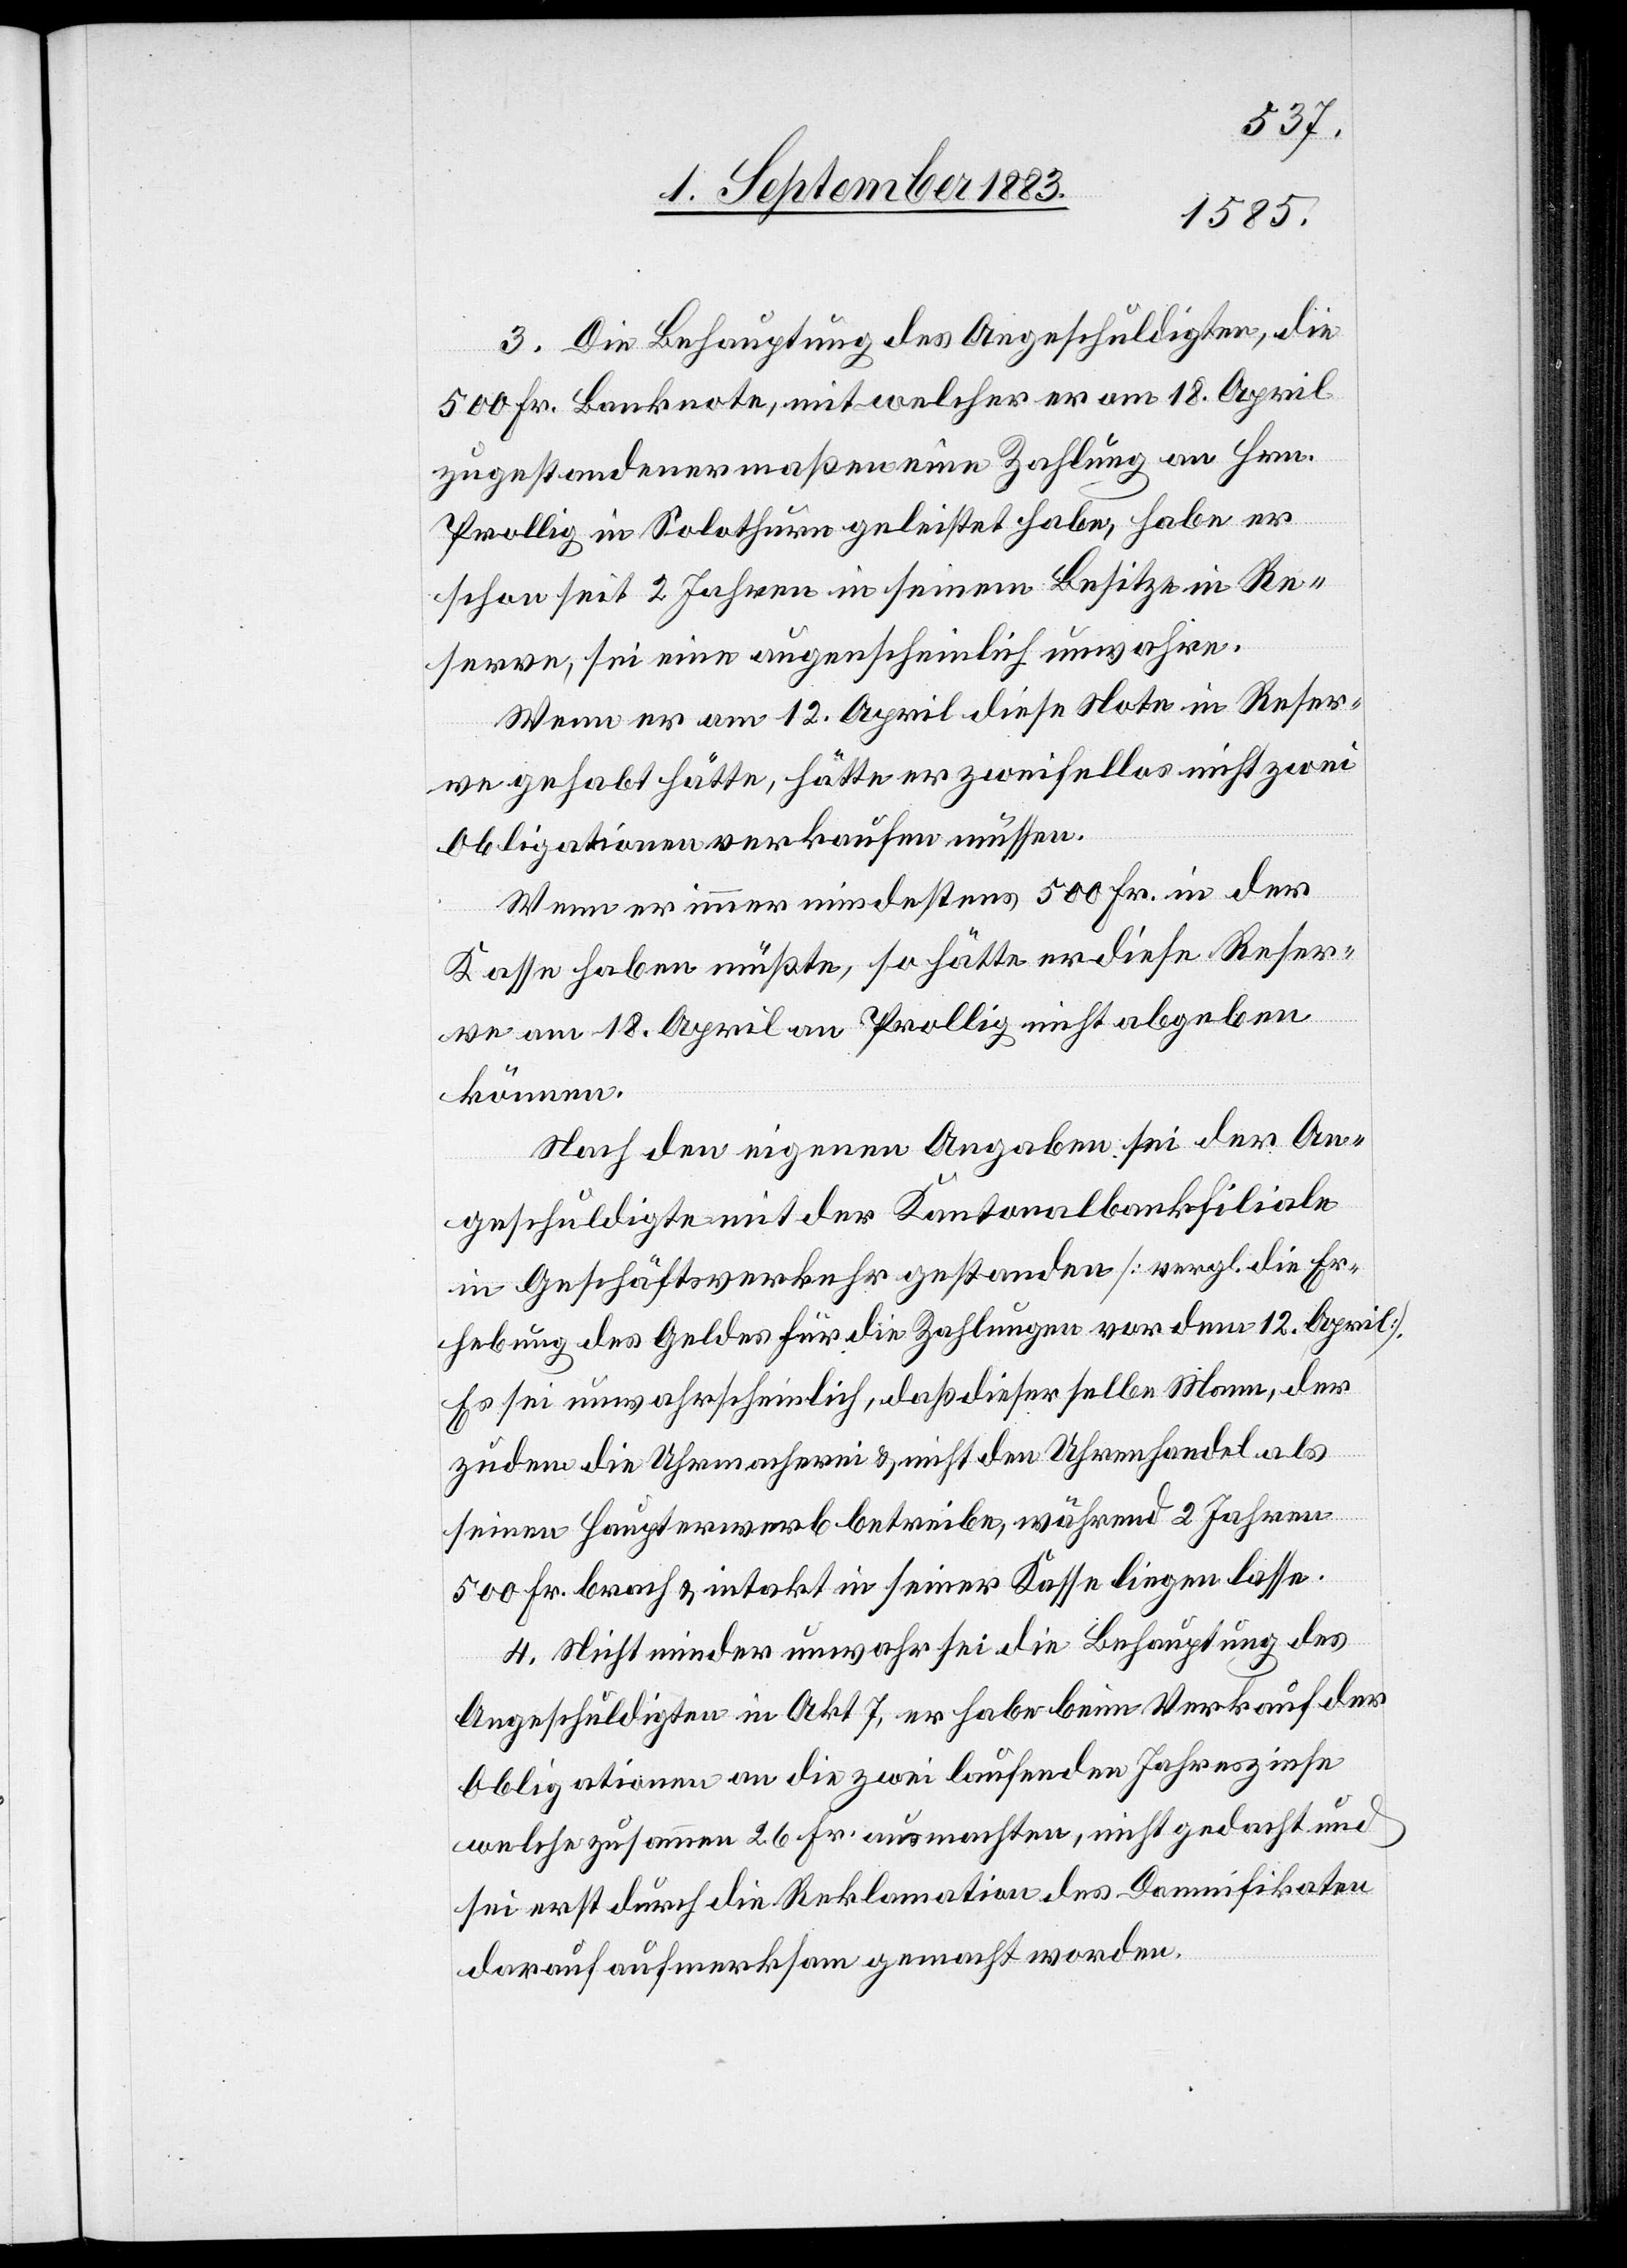
3. Die Behauptung des Angeschuldigten, die
500 Fr. Banknote, mit welcher er am 18. April
zugestandener maßen eine Zahlung an Hrn.
Prollig in Solothurn geleistet habe, habe er
schon seit 2 Jahren in seinem Besitze in Re¬
serve, sei eine augenscheinlich unwahre.
Wenn er am 12. April diese Note in Reser¬
ve gehabt hätte, hätte er zweifellos nicht zwei
Obligationen verkaufen müssen.
Wenn er immer mindestens 500 Fr. in der
Kasse haben müßte, so hätte er diese Reser¬
ve am 18. April an Prollig nicht abgeben
können.
Nach den eigenen Angaben sei der An¬
geschuldigte mit der Kantonalbankfiliale
in Geschäftsverkehr gestanden [vergl. die Er¬
hebung des Geldes für die Zahlungen vor dem 12. April].
Es sei unwahrscheinlich, daß dieser selbe Mann, der
zudem die Uhrmacherei & nicht den Uhrenhandel als
seinen Haupterwerb betreibe, während 2 Jahren
500 Fr. brach & intakt in seiner Kasse liegen lasse.
4. Nicht minder unwahr sei die Behauptung des
Angeschuldigten in Akt. 7, er habe beim Verkauf der
Obligationen an die zwei laufenden Jahreszinse
welche zusammen 26 Fr. ausmachten, nicht gedacht und
sei erst durch die Reklamation des Damnifikaten
darauf aufmerksam gemacht worden.